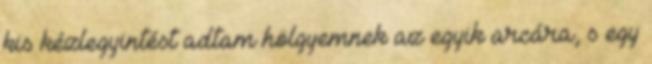
kis kézlegyintést adtam hölgyemnek az egyik arcára, s egy